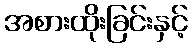
အစားထိုးခြင်းနှင့်